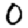
Digit: 0